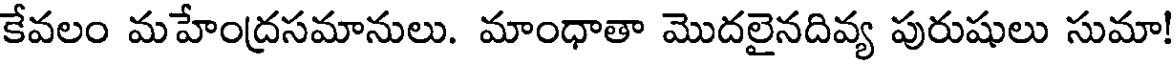
కేవలం మహేంద్రసమానులు. మాంధాతా మొదలైనదివ్య పురుషులు సుమా!